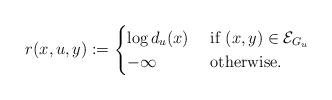
LaTeX: \begin{align*}r(x,u,y) := \begin{cases} \log d_u(x) &\mbox{ if $(x,y) \in \mathcal{E}_{G_u}$}\\- \infty &\mbox{ otherwise.}\end{cases}\end{align*}